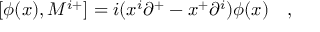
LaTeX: [ \phi ( x ) , M ^ { i + } ] = i ( x ^ { i } { \partial } ^ { + } - x ^ { + } { \partial } ^ { i } ) \phi ( x ) \quad ,